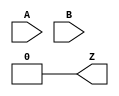
module LUT2_7(input A, B, output Z);
    parameter [3:0] INIT = 4'h0;
    wire [1:0] s1 = B ?     INIT[ 3:2] :     INIT[1:0];
    assign Z =      A ?          s1[1] :         s1[0];
endmodule